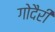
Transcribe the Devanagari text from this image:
गोदैरी